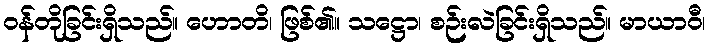
ဝန်တိုခြင်းရှိသည်။ ဟောတိ၊ ဖြစ်၏။ သဋ္ဌော၊ စဉ်းလဲခြင်းရှိသည်။ မာယာဝီ၊